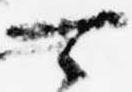
可